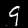
Label: 9